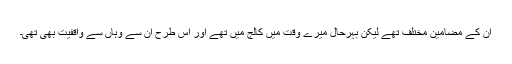
ان کے مضامین مختلف تھے لیکن بہرحال میرے وقت میں کالج میں تھے اور اس طرح ان سے وہاں سے واقفیت بھی تھی۔